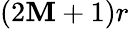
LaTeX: (2\mathbf{M}+1)r